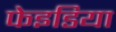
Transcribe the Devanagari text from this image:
फेइडिया